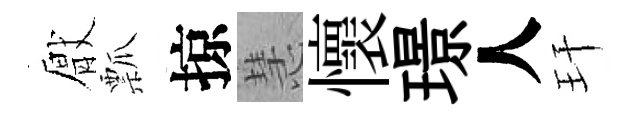
厭瓢掠慧懷璟人玕